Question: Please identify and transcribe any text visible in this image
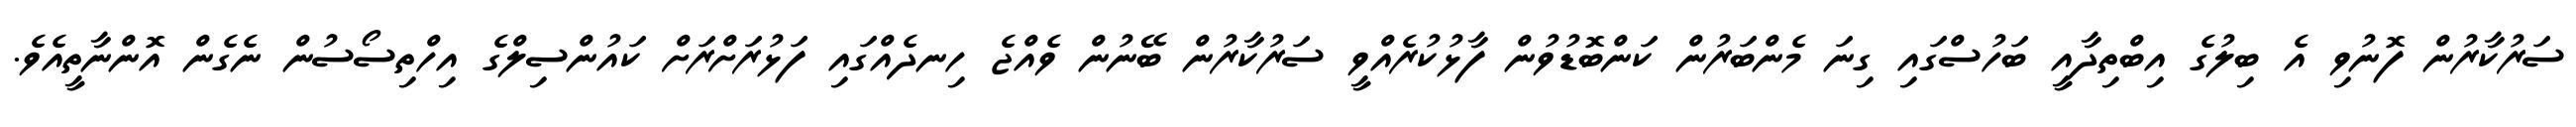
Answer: ސަރުކާރުން ފޮނުވި އެ ބިލުގެ އިބްތިދާއީ ބަހުސްގައި ގިނަ މެންބަރުން ކަންބޮޑުވުން ފާޅުކުރެއްވީ ސަރުކާރުން ބޭނުން ވެއްޖެ ހިނދެއްގައި ފަޅުރަށްރަށް ކައުންސިލްގެ އިހްތިސޯސުން ނެގެން އޮންނާތީއެވެ.